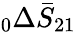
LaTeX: \phantom{}_{0}\Delta\bar{S}_{21}